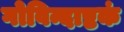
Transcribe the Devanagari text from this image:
गोविन्दाष्टकं